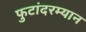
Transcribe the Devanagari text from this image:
फुटांदरम्यान